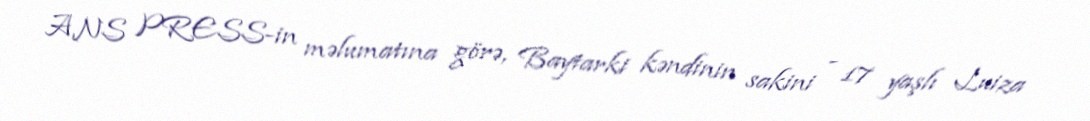
ANS PRESS-in məlumatına görə, Baytarki kəndinin sakini - 17 yaşlı Luiza